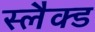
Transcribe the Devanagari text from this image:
स्लैक्ड